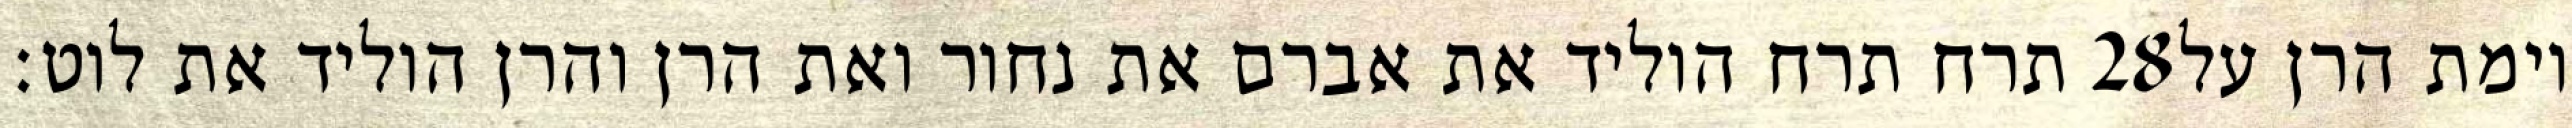
תרח תרח הוליד את אברם את נחור ואת הרן והרן הוליד את לוט׃ ‎28‏ וימת הרן על